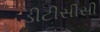
ડીટીસીસી